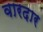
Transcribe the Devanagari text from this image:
वारदार